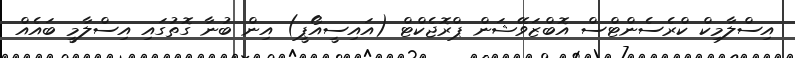
އިސްލާމިކް ކްރެސެންޓްސް އޮބްޒަވޭޝަން ޕްރޮޖެކްޓް (އައިސީއޯޕީ) އިން ބުނާ ގޮތުގައި އިސްލާމީ ބައެއް